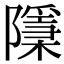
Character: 𨽌